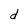
Character: d